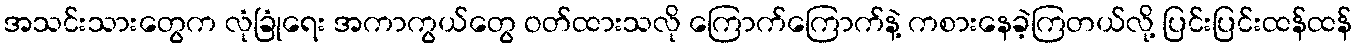
အသင်းသားတွေက လုံခြုံရေး အကာကွယ်တွေ ဝတ်ထားသလို ကြောက်ကြောက်နဲ့ ကစားနေခဲ့ကြတယ်လို့ ပြင်းပြင်းထန်ထန်